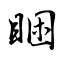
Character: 睏